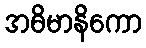
အဓိမာနိကော